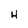
Character: N